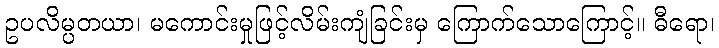
ဥပလိမ္ပတယာ၊ မကောင်းမှုဖြင့်လိမ်းကျံခြင်းမှ ကြောက်သောကြောင့်။ ဓီရော၊